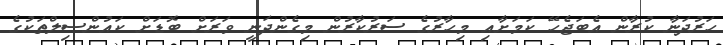
ހަރުދަނާ ކުރާން އެބަޖެހޭ ކަމަށާއި މިހާރުގެ ސަރުކާރުން މިގެންދަނީ ވަރަށް ބޮޑަށް ކައުންސިލްތަކުގެ